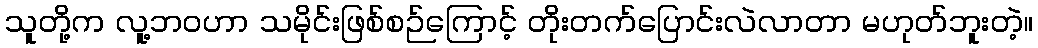
သူတို့က လူ့ဘဝဟာ သမိုင်းဖြစ်စဉ်ကြောင့် တိုးတက်ပြောင်းလဲလာတာ မဟုတ်ဘူးတဲ့။